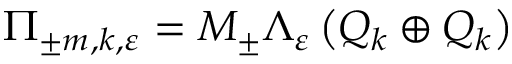
\Pi _ { \pm m , k , \varepsilon } = M _ { \pm } \Lambda _ { \varepsilon } \left( Q _ { k } \oplus Q _ { k } \right)